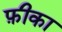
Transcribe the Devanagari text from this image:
फ़ीका